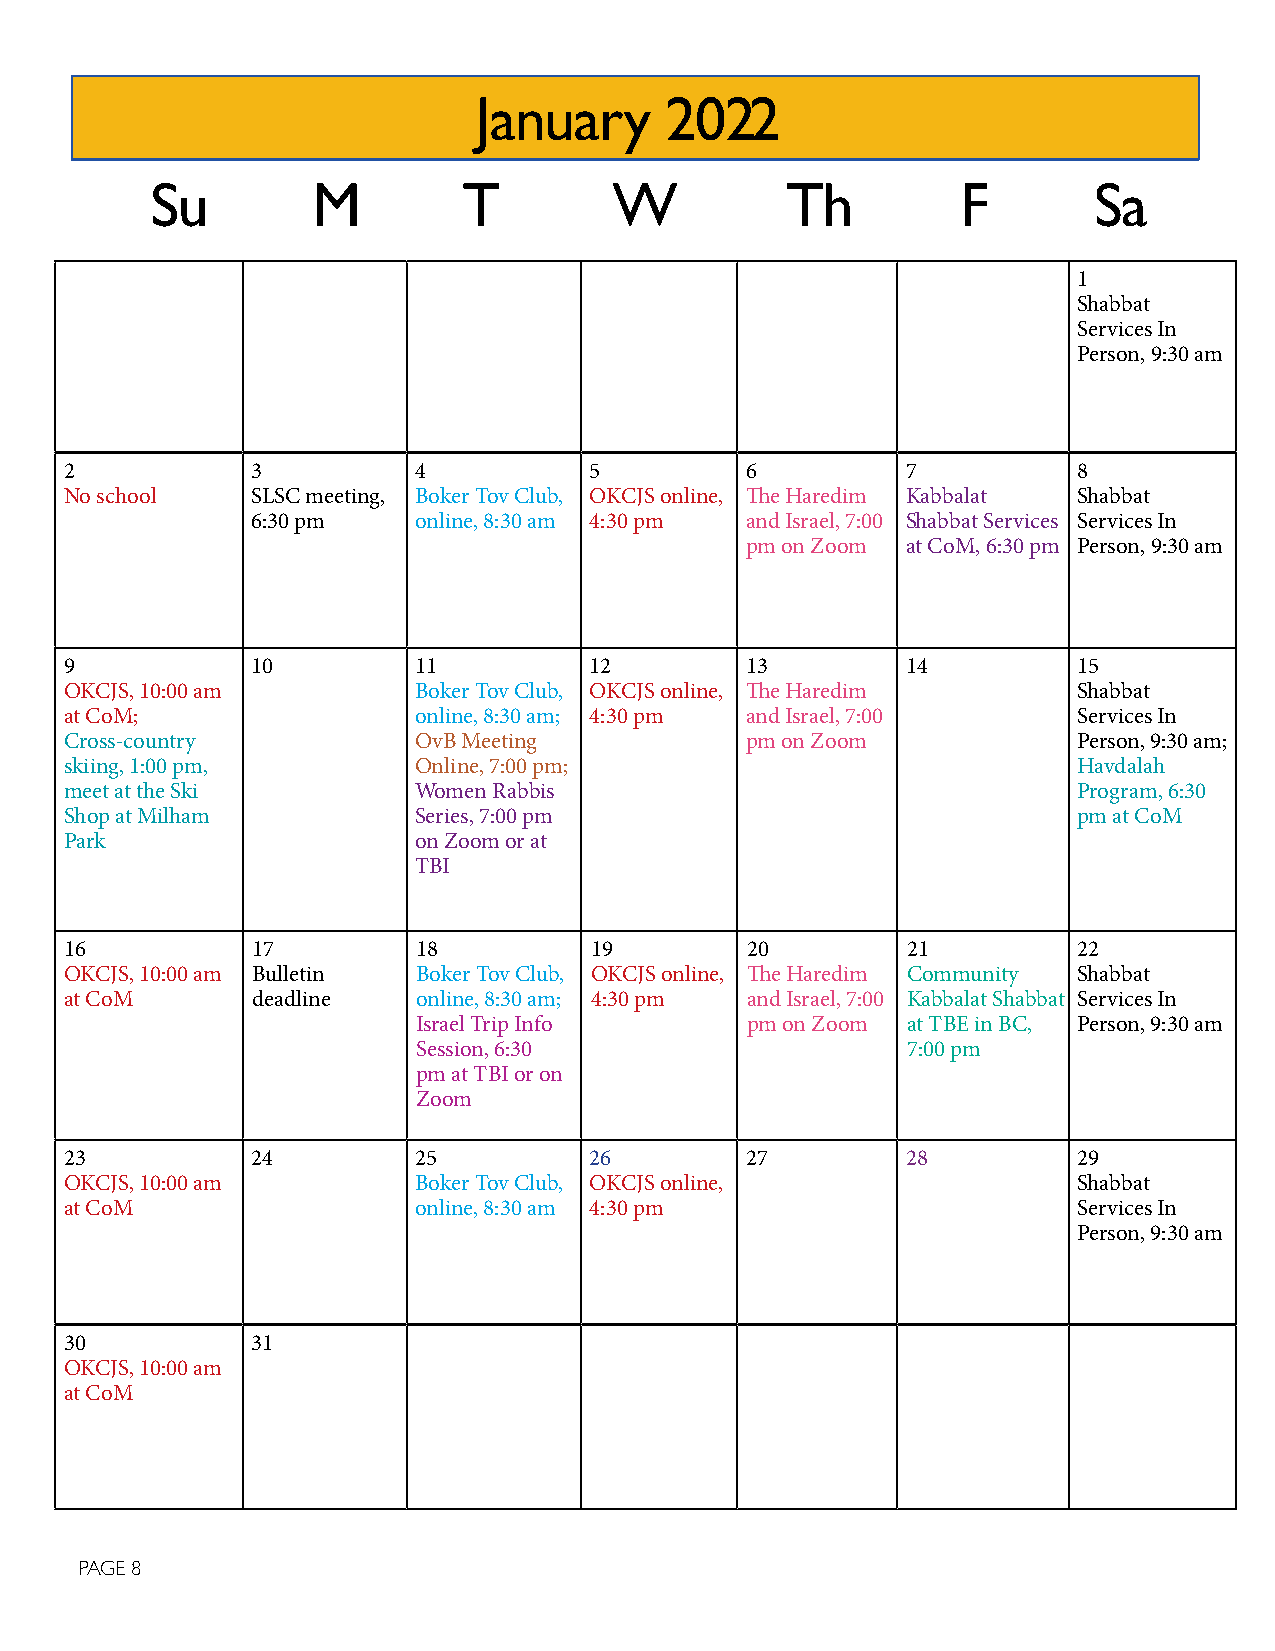
January      2022
 Su         M         T         W          Th          F       Sa
 1
 Shabbat
 Services In
 Person, 9:30 am
 2            3         4           5         6          7          8
 No school    SLSC meeting, Boker Tov Club, OKCJS online, The Haredim Kabbalat Shabbat
 6:30 pm   online, 8:30 am 4:30 pm and Israel, 7:00 Shabbat Services Services In
 pm on Zoom at CoM, 6:30 pm Person, 9:30 am
 9            10        11          12        13         14         15
 OKCJS, 10:00 am        Boker Tov Club, OKCJS online, The Haredim   Shabbat
 at CoM;                online, 8:30 am; 4:30 pm and Israel, 7:00   Services In
 Cross-country          OvB Meeting           pm on Zoom            Person, 9:30 am;
 skiing, 1:00 pm,       Online, 7:00 pm;                            Havdalah
 meet at the Ski        Women Rabbis                                Program, 6:30
 Shop at Milham         Series, 7:00 pm                             pm at CoM
 Park                   on Zoom or at
 TBI
 16           17         18         19        20         21         22
 OKCJS, 10:00 am Bulletin Boker Tov Club, OKCJS online, The Haredim Community Shabbat
 at CoM       deadline   online, 8:30 am; 4:30 pm and Israel, 7:00 Kabbalat Shabbat Services In
 Israel Trip Info     pm on Zoom at TBE in BC, Person, 9:30 am
 Session, 6:30                   7:00 pm
 pm at TBI or on
 Zoom
 23           24        25          26        27         28         29
 OKCJS, 10:00 am        Boker Tov Club, OKCJS online,               Shabbat
 at CoM                 online, 8:30 am 4:30 pm                     Services In
 Person, 9:30 am
 30           31
 OKCJS, 10:00 am
 at CoM
 PAGE 8